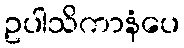
ဥပါသိကာနံပေ